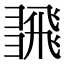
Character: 𢑮